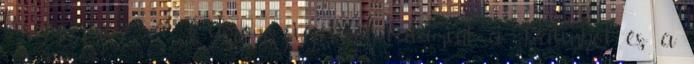
kisgyermek , a Citromszigetről, valamint a Palinból és a